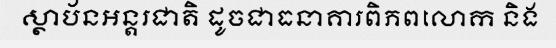
ស្ថាប័នអន្តរជាតិ ដូចជាធនាគារពិភពលោក និង